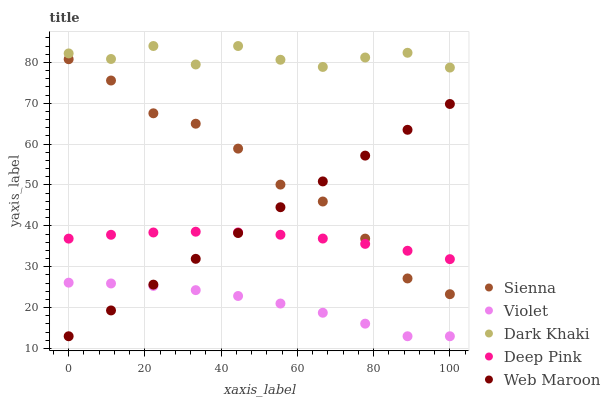
| xaxis_label | Sienna | Violet | Dark Khaki | Deep Pink | Web Maroon |
 | --- | --- | --- | --- | --- | --- |
 | 0 | 80.8 | 26.1 | 82.2 | 36.9 | 13 |
 | 11.1 | 75.6 | 25.9 | 80.8 | 37.8 | 19.3 |
 | 22.2 | 67.5 | 25.3 | 84 | 38.4 | 25.6 |
 | 33.3 | 65 | 24.3 | 79.5 | 38.6 | 31.9 |
 | 44.4 | 58.9 | 22.8 | 84 | 38.4 | 38.3 |
 | 55.6 | 50.1 | 21 | 80.6 | 37.8 | 44.6 |
 | 66.7 | 46 | 18.7 | 78.9 | 36.9 | 50.9 |
 | 77.8 | 36.9 | 16.1 | 81.2 | 35.6 | 57.2 |
 | 88.9 | 27.1 | 13 | 82.3 | 33.9 | 63.5 |
 | 100 | 23.3 | 13 | 78.7 | 31.9 | 69.8 |